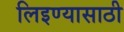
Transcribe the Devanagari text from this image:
लिइण्यासाठी